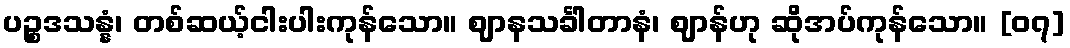
ပဉ္စဒသန္နံ၊ တစ်ဆယ့်ငါးပါးကုန်သော။ ဈာနသင်္ခါတာနံ၊ ဈာန်ဟု ဆိုအပ်ကုန်သော။ [၀၇]